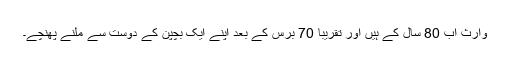
وارث اب 80 سال کے ہیں اور تقریباً 70 برس کے بعد اپنے ایک بچپن کے دوست سے ملنے پھنچے۔